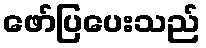
ဖော်ပြပေးသည်